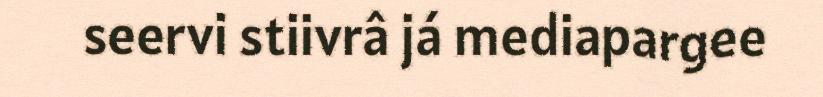
seervi stiivrâ já mediapargee